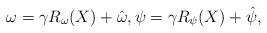
LaTeX: \begin{align*}\omega= \gamma R_{\omega}(X) + \hat \omega, \psi= \gamma R_{\psi}(X) +\hat \psi, \end{align*}